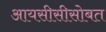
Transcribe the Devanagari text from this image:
आयसीसीसोबत